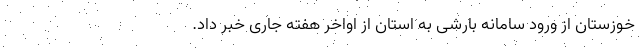
خوزستان از ورود سامانه بارشی به استان از اواخر هفته جاری خبر داد.